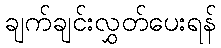
ချက်ချင်းလွှတ်ပေးရန်